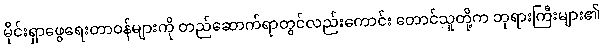
မိုင်းရှာဖွေရေးတာဝန်များကို တည်ဆောက်ရာတွင်လည်းကောင်း တောင်သူတို့က ဘုရားကြီးများ၏